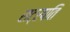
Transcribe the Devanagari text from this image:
राट्रपति